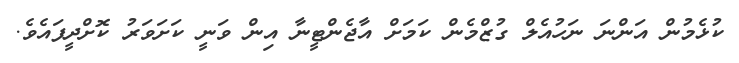
ކުޅެމުން އަންނަ ނަހުއެލް ގުޒްމެން ކަމަށް އާޖެންޓީނާ އިން ވަނީ ކަށަވަރު ކޮށްދީފައެވެ.